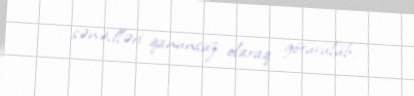
sənədləri qanunsuz olaraq götürülüb.